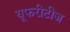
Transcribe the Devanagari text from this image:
यूफरीटीज